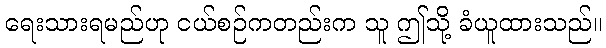
ရေးသားရမည်ဟု ငယ်စဉ်ကတည်းက သူ ဤသို့ ခံယူထားသည်။